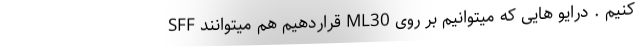
کنیم . درایو هایی که میتوانیم بر روی ML30 قراردهیم هم میتوانند SFF